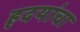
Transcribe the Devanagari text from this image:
हृदयांचा